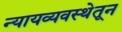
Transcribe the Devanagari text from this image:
न्यायव्यवस्थेतून